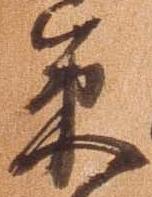
策